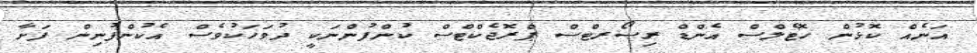
އަނެއް ކޮޅުން ހޮޓެލްސް އެންޑް ރިސޯރޓްސް ޕްރޮޖެކްޓްސް ކުންފުންނަކީ ދުވަހަކުވެސް އެކުންފުނިން ފަށާ